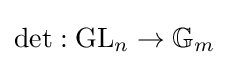
\det :\operatorname {GL} _{n}\to \mathbb {G} _{m}